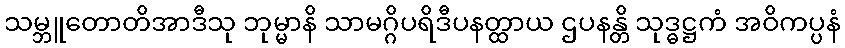
သမ္ဘူတောတိအာဒီသု ဘုမ္မာနိ သာမဂ္ဂိပရိဒီပနတ္ထာယ ဌပနန္တိ သုဒ္ဓဋ္ဌကံ အဝိကပ္ပနံ